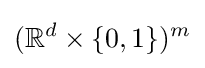
(\mathbb {R} ^{d}\times \{0,1\})^{m}